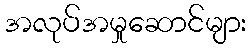
အလုပ်အမှုဆောင်များ